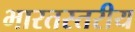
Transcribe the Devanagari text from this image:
भारतस्तरीय